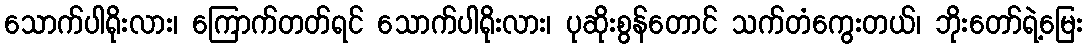
သောက်ပါရိုးလား၊ ကြောက်တတ်ရင် သောက်ပါရိုးလား၊ ပုဆိုးစွန်တောင် သက်တံကွေးတယ်၊ ဘိုးတော်ရဲ့မြေး